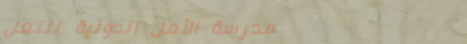
مدرسة الأمل الدولية للتعل